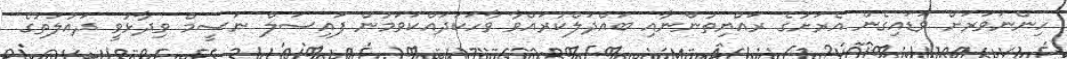
ހިންނަވަރަށް ވަޑައިގެން އެރަށުގެ ރައްޔިތުންނާއި ބައްދަލްކުރައްވާ ވާހަކަދައްކަވަމުން ފައިސަލް ނަސީމް ވިދާޅުވީ ދައުލަތުގެ